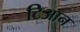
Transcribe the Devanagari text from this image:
टिआन